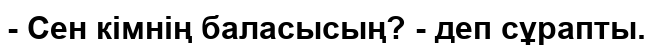
- Сен кімнің баласысың? - деп сұрапты.